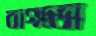
বাগতো